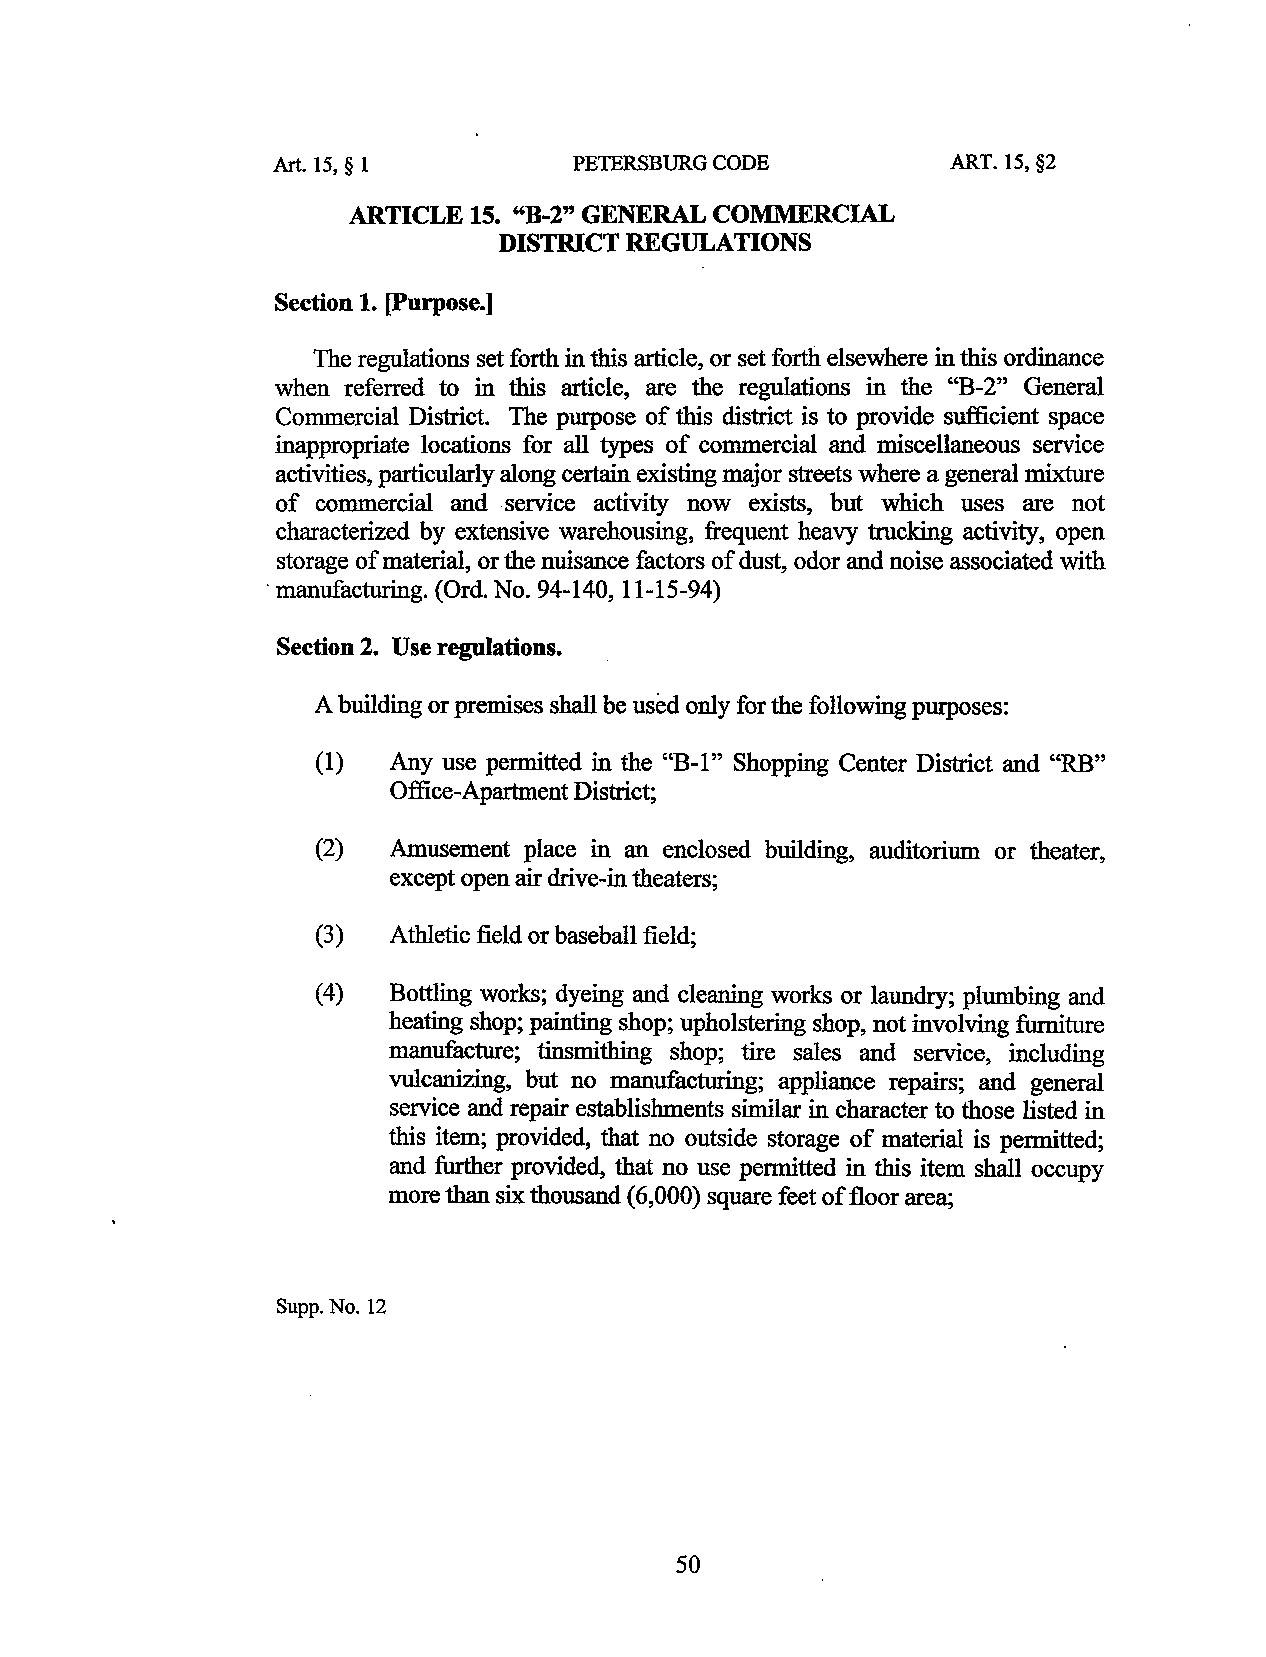
Art. 15, § 1        PETERSBURG CODE          ART. 15,§2
 ARTICLE 15. "B-2" GENERAL COMMERCIAL
 DISTRICT REGULATIONS
 Section 1. [Purpose.]
 The regulations set forth in this article, or set forth elsewhere in this ordinance
 when referred to in this article, are the regulations in the "B-2" General
 Commercial District. The purpose of this district is to provide sufficient space
 inappropriate locations for all types of commercial and miscellaneous service
 activities, particularly along certain existing major streets where a general mixture
 of commercial and .service activity now exists, but which uses are not
 characterized by extensive warehousing, frequent heavy trucking activity, open
 storage of material, or the nuisance factors of dust, odor and noise associated with
 ·manufacturing. (Ord. No. 94-140, 11-15-94)
 Section 2. Use regulations.
 A building or premises shall be used only for the following purposes:
 (1)  Any use permitted in the "B-1" Shopping Center District and "RB"
 Office-Apartment District;
 (2)  Amusement place in an enclosed building, auditorium or theater,
 except open air drive-in theaters;
 (3)  Athletic field or baseball field;
 (4)  Bottling works; dyeing and cleaning works or laundry; plumbing and
 heating shop; painting shop; upholstering shop, not involving furniture
 manufacture; tinsmithing shop; tire sales and service, including
 vulcanizing, but no manufacturing; appliance repairs; and general
 service and repair establishments similar in character to those listed in
 this item; provided, that no outside storage of material is permitted;
 and further provided, that no use permitted in this item shall occupy
 more than six thousand (6,000) square feet of floor area;
 Supp.No.12
 50